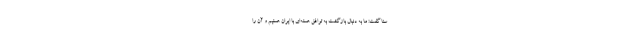
سنا گفت: ما به دنبال بازگشت به توافق هسته‌ای با ایران هستیم و آن را